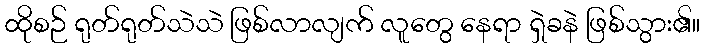
ထိုစဉ် ရုတ်ရုတ်သဲသဲ ဖြစ်လာလျက် လူတွေ နေရာ ရှဲခနဲ ဖြစ်သွား၏။